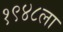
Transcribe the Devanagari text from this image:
१९४८ला